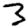
Digit: 3